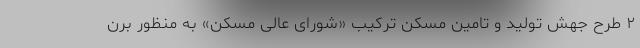
۲ طرح جهش تولید و تامین مسکن ترکیب «شورای عالی مسکن» به منظور برن